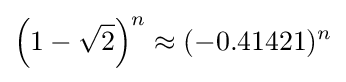
\left(1-{\sqrt {2}}\right)^{n}\approx (-0.41421)^{n}